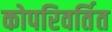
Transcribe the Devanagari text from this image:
कोपरिवर्तित